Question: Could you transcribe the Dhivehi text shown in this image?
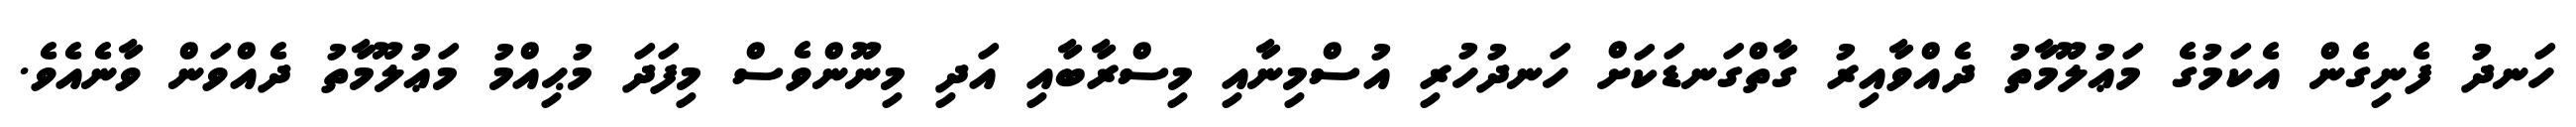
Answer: ހަނދު ފެނިގެން އެކަމުގެ މަޢުލޫމާތު ދެއްވާއިރު ގާތްގަނޑަކަށް ހަނދުހުރި އުސްމިނާއި މިސްރާބާއި އަދި މިނޫންވެސް މިފަދަ މުޙިއްމު މަޢުލޫމާތު ދެއްވަން ވާނެއެވެ.